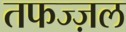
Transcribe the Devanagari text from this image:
तफज्ज़ल